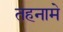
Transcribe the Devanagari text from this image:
तहनामे